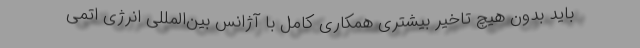
باید بدون هیچ تاخیر بیشتری همکاری کامل با آژانس بین‌المللی انرژی اتمی